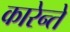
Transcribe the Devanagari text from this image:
कारेन्ते